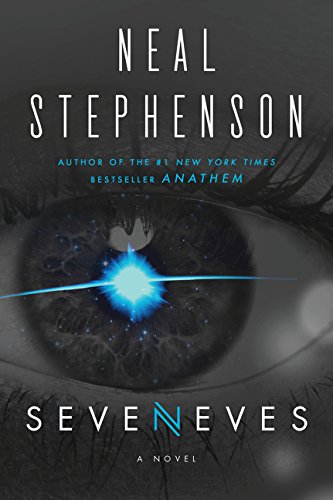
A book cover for Seveneves: A Novel; Neal Stephenson; Science Fiction & Fantasy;